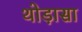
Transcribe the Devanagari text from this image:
थोड़ासा